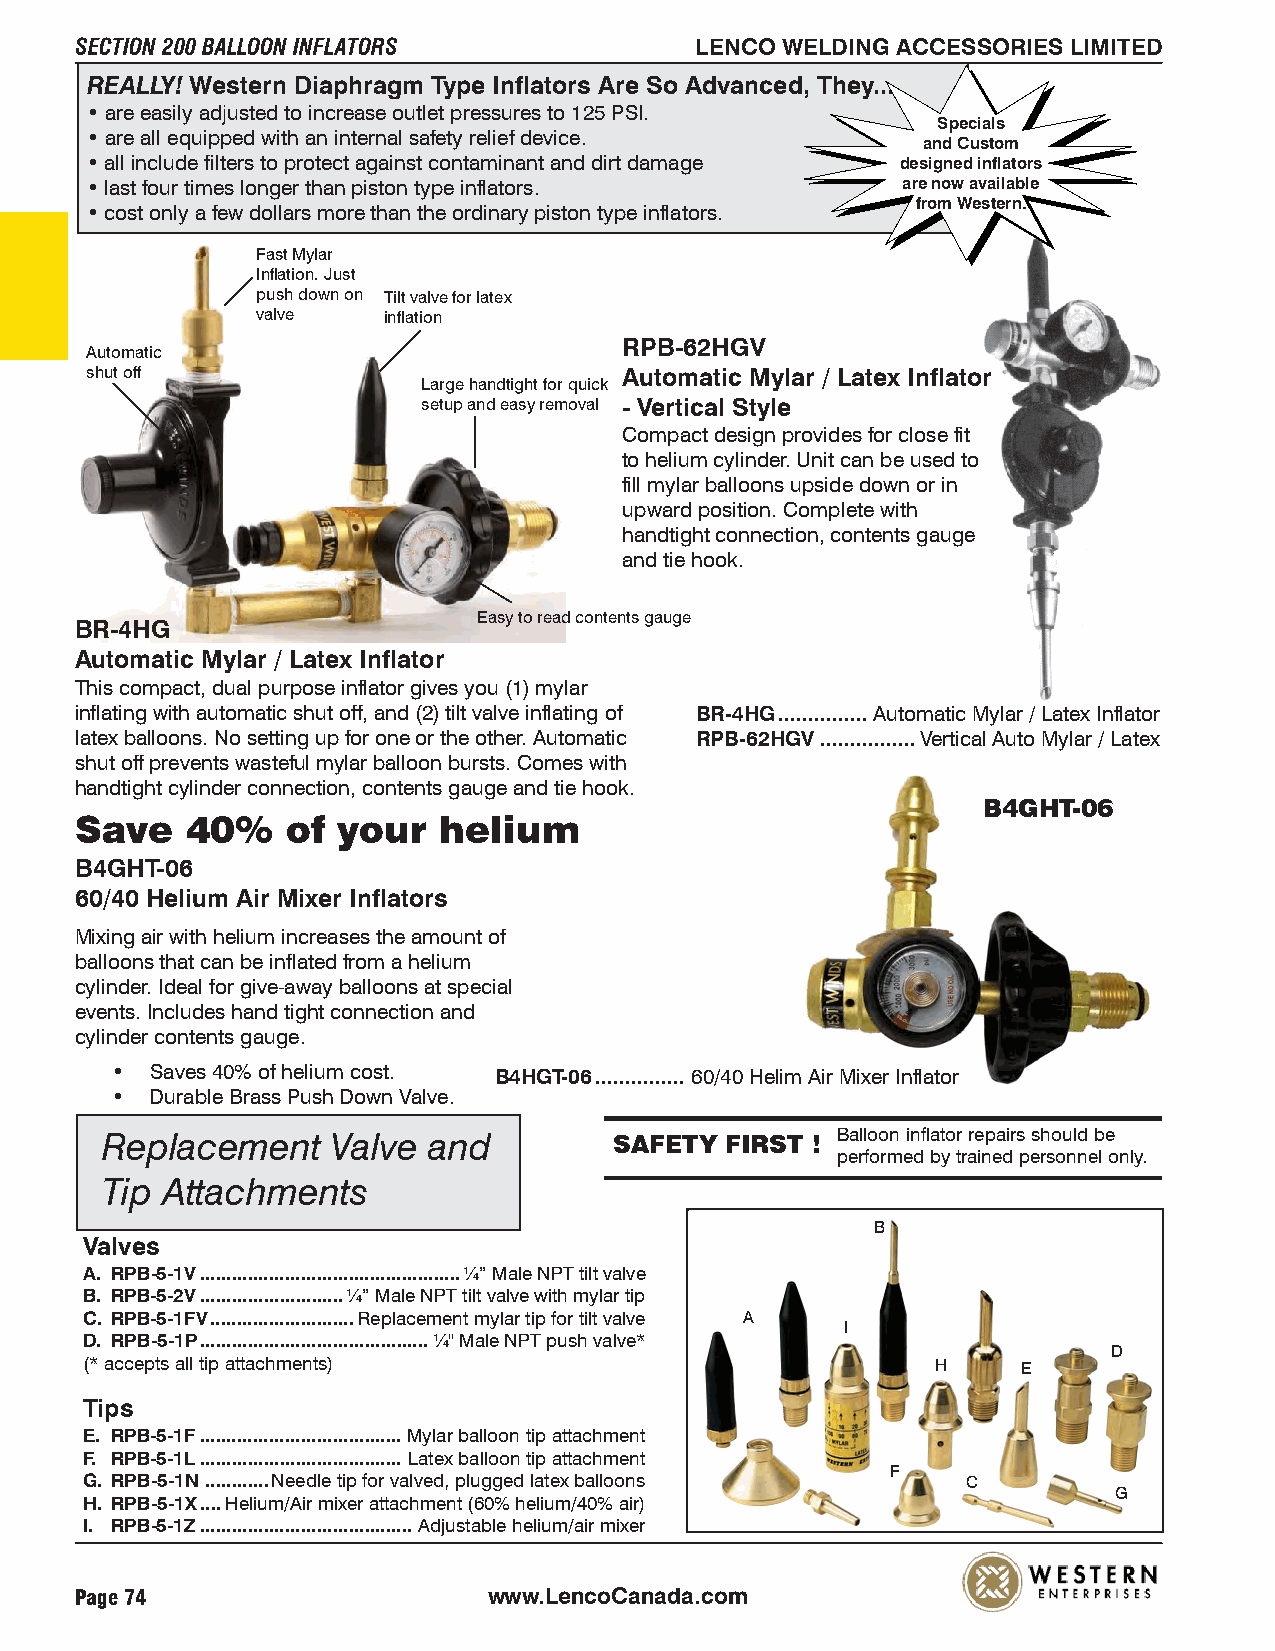
SECTION 200 BALLOON INFLATORS            LENCO WELDING ACCESSORIES LIMITED
 REALLY! Western Diaphragm Type Inflators Are So Advanced, They...
 • are easily adjusted to increase outlet pressures to 125 PSI.
 Specials
 • are all equipped with an internal safety relief device.
 and Custom
 • all include filters to protect against contaminant and dirt damage designed inflators
 • last four times longer than piston type inflators.  are now available
 from Western.
 • cost only a few dollars more than the ordinary piston type inflators.
 Fast Mylar
 Inflation. Just
 push down on Tilt valve for latex
 valve   inflation
 RPB-62HGV
 Automatic
 shut off                           Automatic Mylar / Latex Inflator
 Large handtight for quick
 setup and easy removal - Vertical Style
 Compact design provides for close fit
 to helium cylinder. Unit can be used to
 fill mylar balloons upside down or in
 upward position. Complete with
 handtight connection, contents gauge
 and tie hook.
 Easy to read contents gauge
 BR-4HG
 Automatic Mylar / Latex Inflator
 This compact, dual purpose inflator gives you (1) mylar
 inflating with automatic shut off, and (2) tilt valve inflating of BR-4HG...............Automatic Mylar / Latex Inflator
 latex balloons. No setting up for one or the other. Automatic RPB-62HGV................Vertical Auto Mylar / Latex
 shut off prevents wasteful mylar balloon bursts. Comes with
 handtight cylinder connection, contents gauge and tie hook.
 B4GHT-06
 Save   40%    of your   helium
 B4GHT-06
 60/40 Helium Air Mixer Inflators
 Mixing air with helium increases the amount of
 balloons that can be inflated from a helium
 cylinder. Ideal for give-away balloons at special
 events. Includes hand tight connection and
 cylinder contents gauge.
 •  Saves 40% of helium cost. B4HGT-06............... 60/40 Helim Air Mixer Inflator
 •  Durable Brass Push Down Valve.
 Replacement    Valve and          SAFETY FIRST ! Balloon inflator repairs should be
 performed by trained personnel only.
 Tip Attachments
 B
 Valves
 A. RPB-5-1V.................................................¼” Male NPT tilt valve
 B. RPB-5-2V...........................¼” Male NPT tilt valve with mylar tip
 C. RPB-5-1FV...........................Replacement mylar tip for tilt valve A
 I
 D. RPB-5-1P...........................................¼" Male NPT push valve*
 D
 (* accepts all tip attachments)                          H     E
 Tips
 E. RPB-5-1F......................................Mylar balloon tip attachment
 F. RPB-5-1L...................................... Latex balloon tip attachment
 F
 G. RPB-5-1N ............Needle tip for valved, plugged latex balloons C
 G
 H. RPB-5-1X....Helium/Air mixer attachment (60% helium/40% air)
 I. RPB-5-1Z........................................Adjustable helium/air mixer
 Page 74                    www.LencoCanada.com